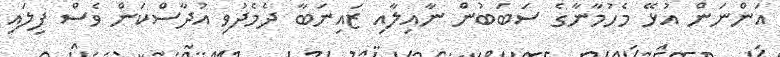
އަންނަން އުޅޭ މެހުމާނާގެ ސަބަބުން ނާއިލާއި ޒައިނަބާ ދެމެދުވި އުދާސްކަން ވެސް ފިލައި